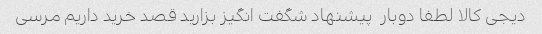
دیجی کالا لطفا دوبار  پیشنهاد شگفت انگیز بزارید قصد خرید داریم مرسی